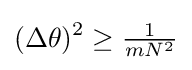
(\Delta \theta )^{2}\geq {\tfrac {1}{mN^{2}}}